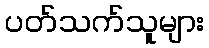
ပတ်သက်သူများ